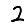
Digit: 2